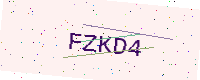
Text: FZKD4